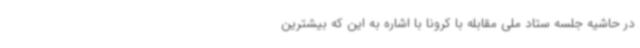
در حاشیه جلسه ستاد ملی مقابله با کرونا با اشاره به این که بیشترین